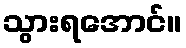
သွားရအောင်။